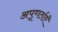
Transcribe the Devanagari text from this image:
अपूणर्ताएँ